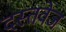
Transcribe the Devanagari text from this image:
दस्तवेज